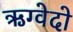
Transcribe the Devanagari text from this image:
ऋग्वेदो